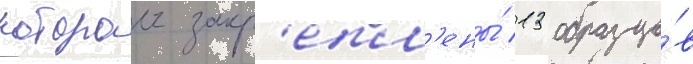
которои закр'епл'ены́ 13 образцо́в